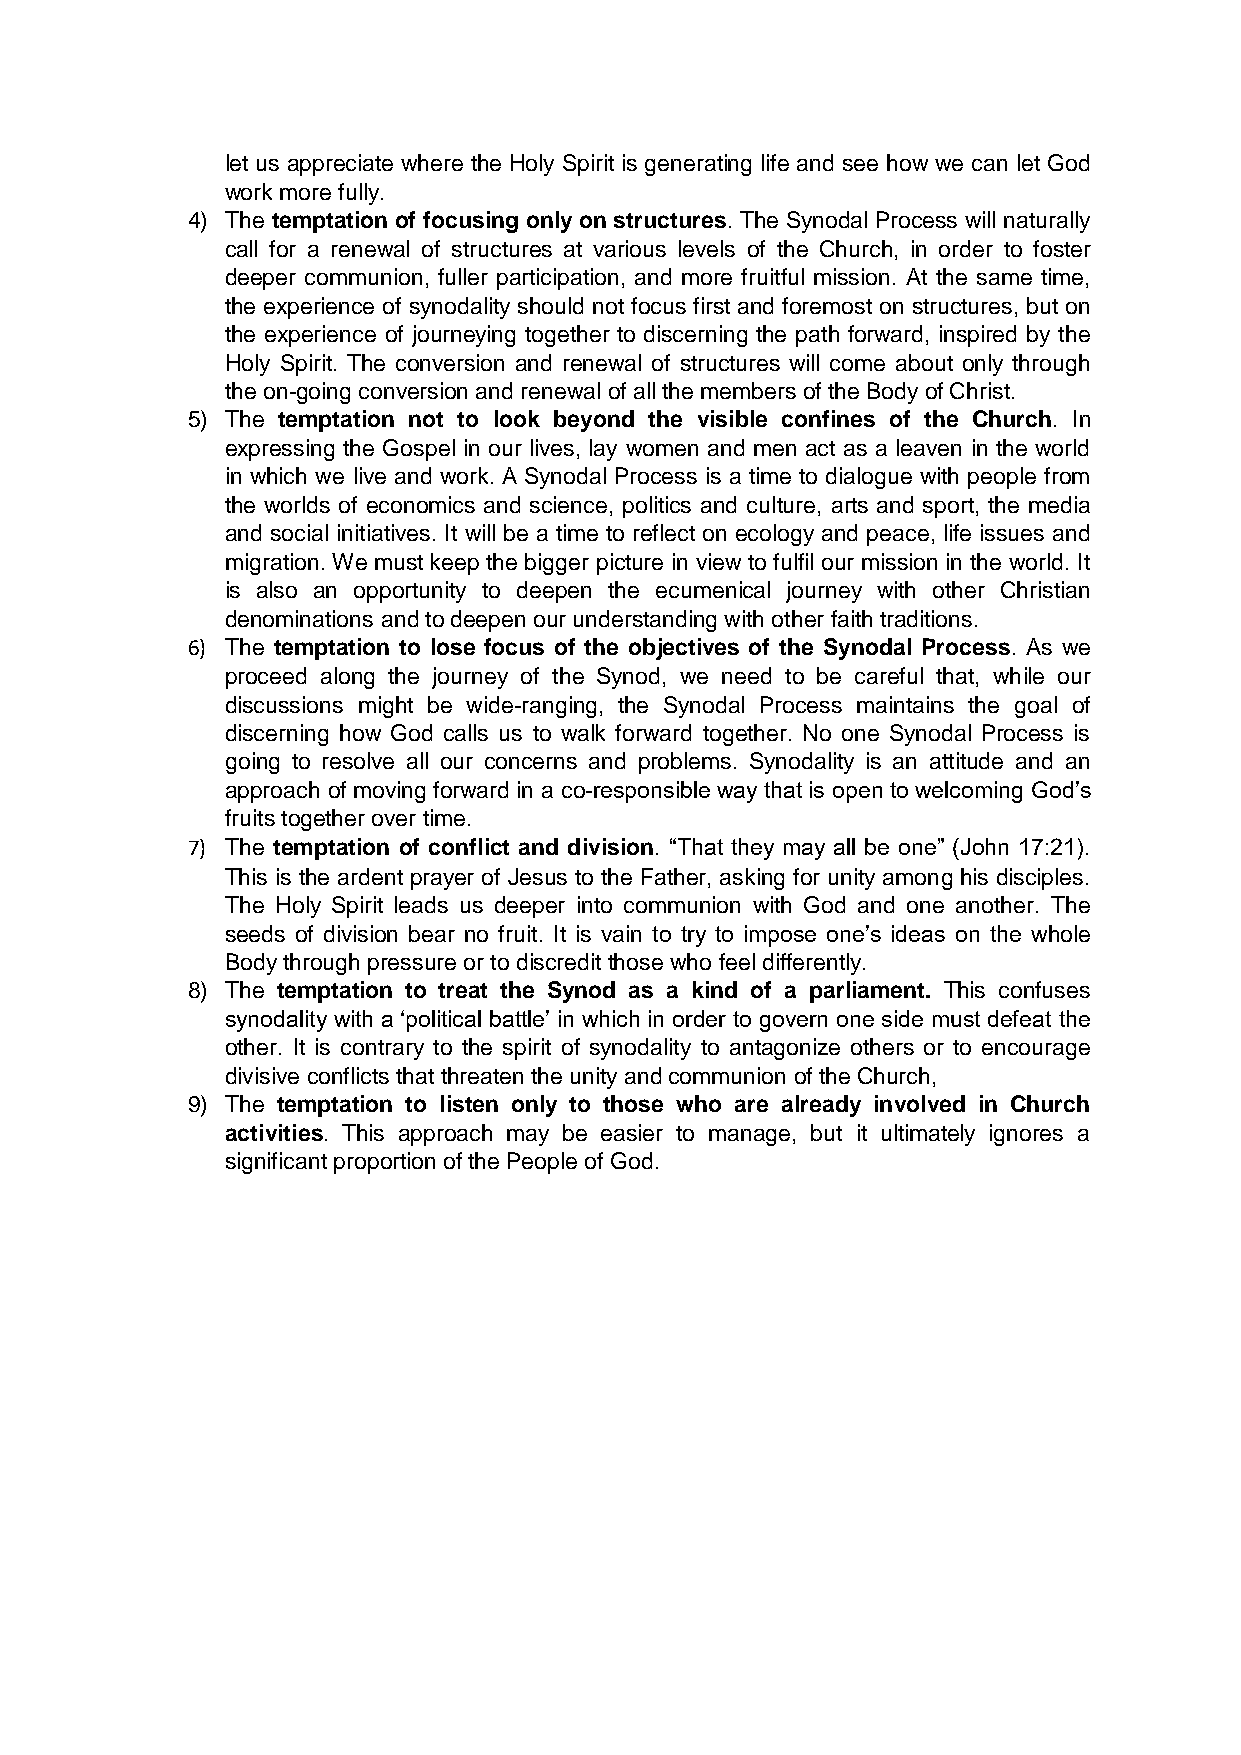
let us appreciate where the Holy Spirit is generating life and see how we can let God
 work more fully.
 4) The temptation of focusing only on structures. The Synodal Process will naturally
 call for a renewal of structures at various levels of the Church, in order to foster
 deeper communion, fuller participation, and more fruitful mission. At the same time,
 the experience of synodality should not focus first and foremost on structures, but on
 the experience of journeying together to discerning the path forward, inspired by the
 Holy Spirit. The conversion and renewal of structures will come about only through
 the on-going conversion and renewal of all the members of the Body of Christ.
 5) The temptation not to look beyond the visible confines of the Church. In
 expressing the Gospel in our lives, lay women and men act as a leaven in the world
 in which we live and work. A Synodal Process is a time to dialogue with people from
 the worlds of economics and science, politics and culture, arts and sport, the media
 and social initiatives. It will be a time to reflect on ecology and peace, life issues and
 migration. We must keep the bigger picture in view to fulfil our mission in the world. It
 is also an opportunity to deepen the ecumenical journey with other Christian
 denominations and to deepen our understanding with other faith traditions.
 6) The temptation to lose focus of the objectives of the Synodal Process. As we
 proceed along the journey of the Synod, we need to be careful that, while our
 discussions might be wide-ranging, the Synodal Process maintains the goal of
 discerning how God calls us to walk forward together. No one Synodal Process is
 going to resolve all our concerns and problems. Synodality is an attitude and an
 approach of moving forward in a co-responsible way that is open to welcoming God’s
 fruits together over time.
 7) The temptation of conflict and division. “That they may all be one” (John 17:21).
 This is the ardent prayer of Jesus to the Father, asking for unity among his disciples.
 The Holy Spirit leads us deeper into communion with God and one another. The
 seeds of division bear no fruit. It is vain to try to impose one’s ideas on the whole
 Body through pressure or to discredit those who feel differently.
 8) The temptation to treat the Synod as a kind of a parliament. This confuses
 synodality with a ‘political battle’ in which in order to govern one side must defeat the
 other. It is contrary to the spirit of synodality to antagonize others or to encourage
 divisive conflicts that threaten the unity and communion of the Church,
 9) The temptation to listen only to those who are already involved in Church
 activities. This approach may be easier to manage, but it ultimately ignores a
 significant proportion of the People of God.